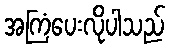
အကြံပေးလိုပါသည်